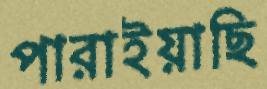
পারাইয়াছি